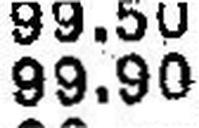
99.90